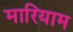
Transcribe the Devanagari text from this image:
मारियाम